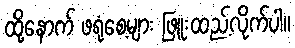
ထို့နောက် ဖရုံစေ့များ ဖြူးထည့်လိုက်ပါ။